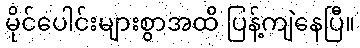
မိုင်ပေါင်းများစွာအထိ ပြန့်ကျဲနေပြီ။